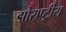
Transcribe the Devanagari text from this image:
झोराष्ट्रीय